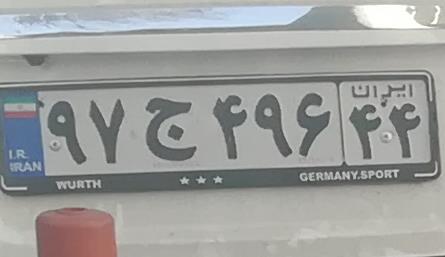
۹۷ج۴۹۶۴۴